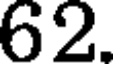
62.